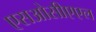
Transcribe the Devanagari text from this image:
एसओसीएएल